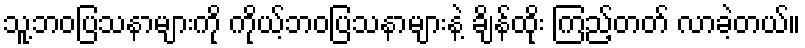
သူ့ဘဝပြသနာများကို ကိုယ့်ဘဝပြသနာများနဲ့ ချိန်ထိုး ကြည့်တတ် လာခဲ့တယ်။